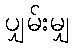
ပျှမ်းမျှ